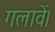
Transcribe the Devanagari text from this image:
गलावें।